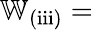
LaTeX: \mathbb{W}_{\mathrm{(iii)}}=